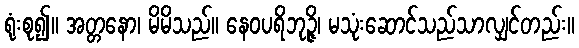
ရုံးစု၍။ အတ္တနော၊ မိမိသည်။ နေဝပရိဘုဉ္ဇိ၊ မသုံးဆောင်သည်သာလျှင်တည်း။